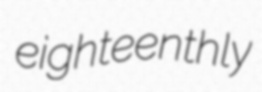
eighteenthly